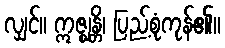
လျှင်။ ဣဇ္ဈန္တိ၊ ပြည့်စုံကုန်၏။